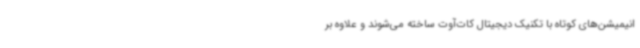
انیمیشن‌های کوتاه با تکنیک دیجیتال کات‌آوت ساخته می‌شوند و علاوه بر